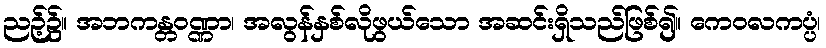
ညဉ့်၌။ အဘကန္တဝဏ္ဏာ၊ အလွန်နှစ်လိုဖွယ်သော အဆင်းရှိသည်ဖြစ်၍။ ကေဝလကပ္ပံ၊